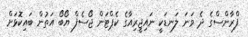
ފްރާންސްގެ ދެ ވަނަ ލަނޑަކީ ނައިޖީރިއާގެ ކެޕްޓަން ޖޯސެފް ޔޯބޯ އަތުން ބައިކޮޅަށް